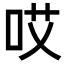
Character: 哎